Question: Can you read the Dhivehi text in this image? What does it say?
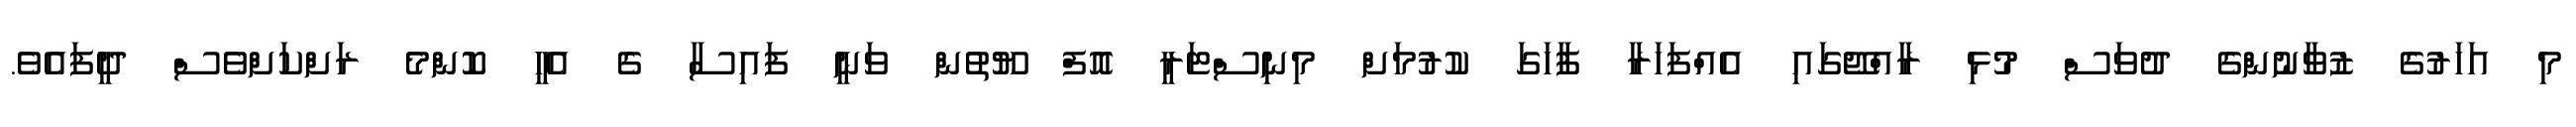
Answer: މި އަހަރުގެ ޒުވާނުންގެ ދުވަސް މުޅި ރާއްޖޭގައި އެއްފަހަރާ ފާހަގަ ކުރުމަށް މިނިސްޓަރީ އޮފް ޔޫތުން ވަނީ ފައިސާ ގެ އެހީ ކޮންމެ ރަށްކަށްވެސް ދީފައެވެ.